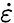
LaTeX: \dot{\varepsilon}